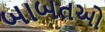
બાબતઓ